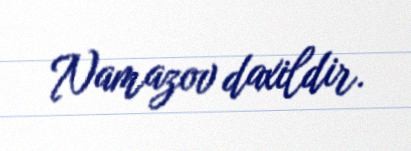
Namazov daxildir.